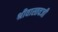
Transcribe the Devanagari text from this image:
श्रीवास्तवजी